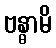
ဗန္ဓာမိ